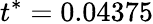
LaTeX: t^{*}=0.04375